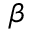
\beta